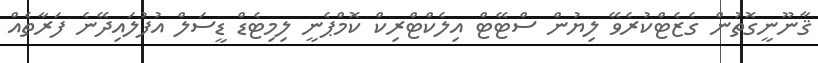
ޤާނޫނީގޮތުން ގެޒެޓްކުރެވޭ ލިޔުން ސްޓޭޓް އިލެކްޓްރިކް ކޮމްޕެނީ ލިމިޓެޑް ޑީސަލް އުފުލައިދޭނެ ފަރާތެއް